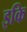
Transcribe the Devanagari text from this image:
इकि